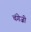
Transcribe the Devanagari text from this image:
चंगेज़ी